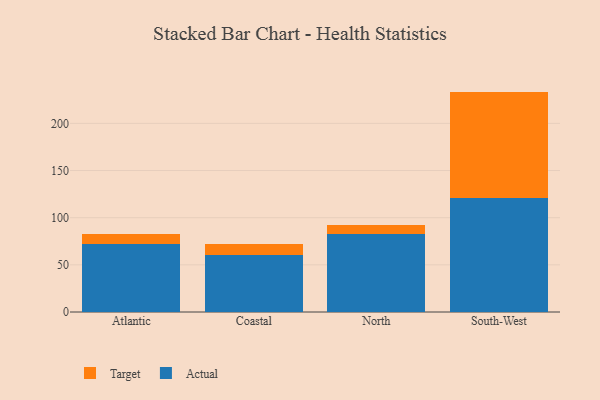
{"axis": {"x": "Region", "y": "Inventory Turnover"}, "legend": ["Actual", "Target"], "data": [{"x": "Atlantic", "y": 71.7, "type": "Actual"}, {"x": "Atlantic", "y": 11.2, "type": "Target"}, {"x": "Coastal", "y": 60.5, "type": "Actual"}, {"x": "Coastal", "y": 11.3, "type": "Target"}, {"x": "North", "y": 83.0, "type": "Actual"}, {"x": "North", "y": 9.7, "type": "Target"}, {"x": "South-West", "y": 120.8, "type": "Actual"}, {"x": "South-West", "y": 112.9, "type": "Target"}]}